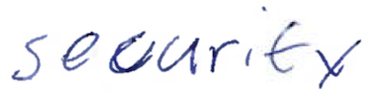
Text: security
Cross-out: clean
Writing tool: ballpoint